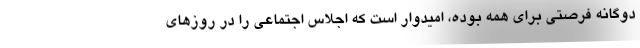
دوگانه فرصتی برای همه بوده، امیدوار است که اجلاس اجتماعی را در روزهای